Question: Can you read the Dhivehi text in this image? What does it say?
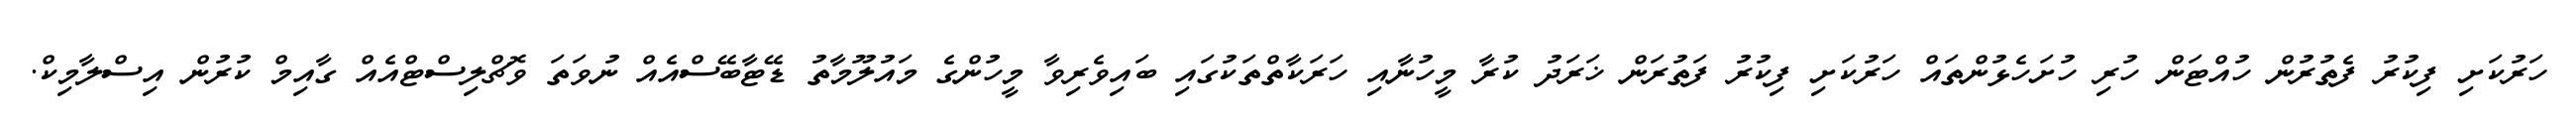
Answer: ހަރުކަށި ފިކުރު ފެތުރުން ހުއްޓަން ހުރި ހުށަހެޅުންތައް ހަރުކަށި ފިކުރު ފަތުރަން ޚަރަދު ކުރާ މީހުނާއި ހަރަކާތްތަކުގައި ބައިވެރިވާ މީހުންގެ މައުލޫމާތު ޑޭޓާބޭސްއެއް ނުވަތަ ވޮޗްލިސްޓްއެއް ގާއިމް ކުރުން އިސްލާމިކް.